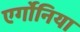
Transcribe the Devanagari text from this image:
एर्गोनिया